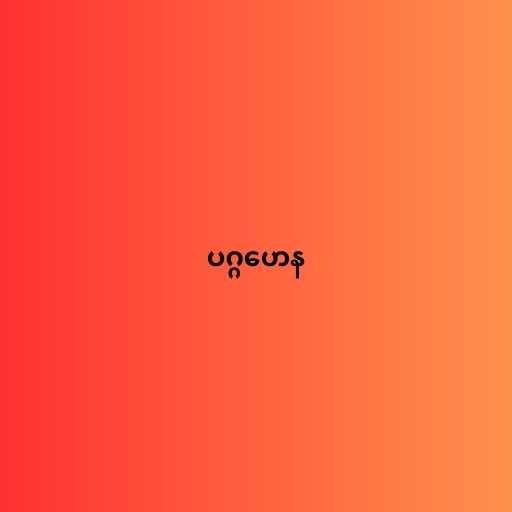
ပဂ္ဂဟေန